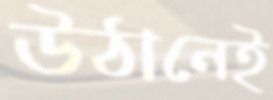
উঠানেই